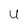
Character: u